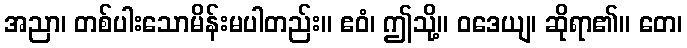
အညာ၊ တစ်ပါးသောမိန်းမပါတည်း။ ဧဝံ၊ ဤသို့။ ဝဒေယျ၊ ဆိုရာ၏။ တေ၊